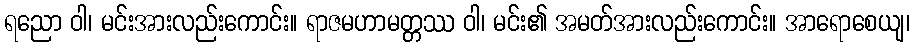
ရညော ဝါ၊ မင်းအားလည်းကောင်း။ ရာဇမဟာမတ္တဿ ဝါ၊ မင်း၏ အမတ်အားလည်းကောင်း။ အာရောစေယျ၊